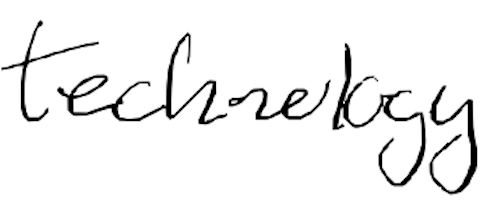
Text: technology
Cross-out: clean
Writing tool: digital_black